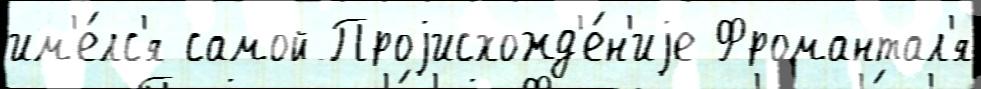
им'е́лс'я самой Проjисхожд'е́н'иjе Фромантал'я